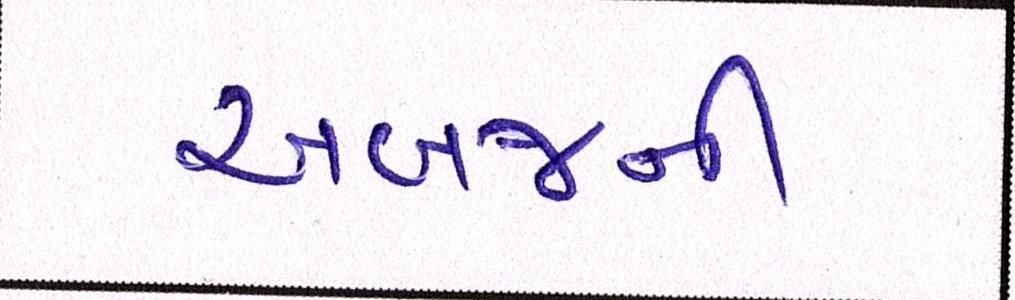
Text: અબજની